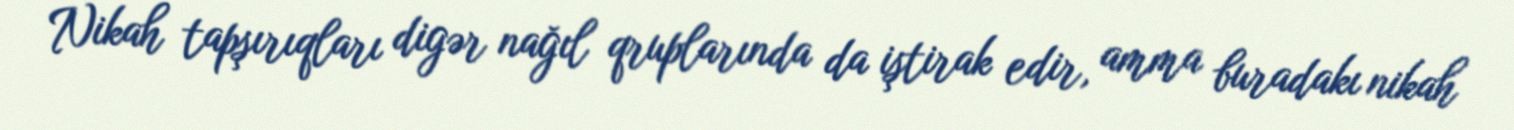
Nikah tapşırıqları digər nağıl qruplarında da iştirak edir, amma buradakı nikah